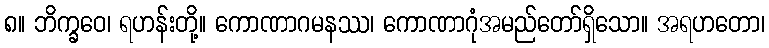
၈။ ဘိက္ခဝေ၊ ရဟန်းတို့။ ကောဏာဂမနဿ၊ ကောဏာဂုံအမည်တော်ရှိသော။ အရဟတော၊